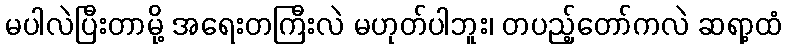
မပါလဲပြီးတာမို့ အရေးတကြီးလဲ မဟုတ်ပါဘူး၊ တပည့်တော်ကလဲ ဆရာ့ထံ